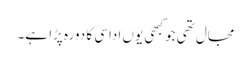
مجال تھی جو کبھی یوں اداسی کا دورہ پڑا ہے۔